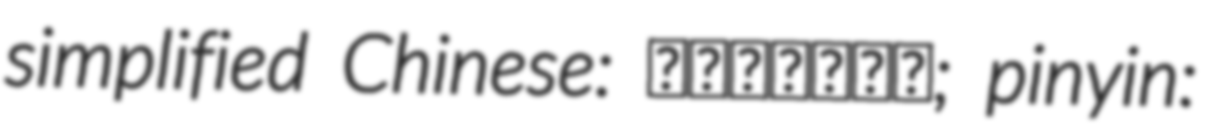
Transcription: simplified Chinese: 北门屿基督教堂; pinyin: